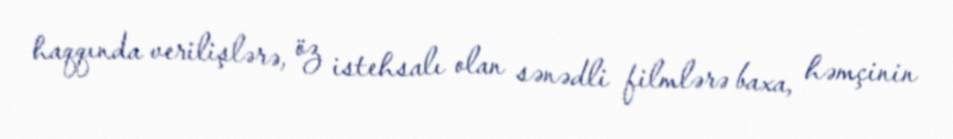
haqqında verilişlərə, öz istehsalı olan sənədli filmlərə baxa, həmçinin